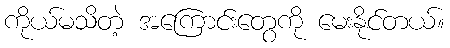
ကိုယ်မသိတဲ့ အကြောင်းတွေကို မေးနိုင်တယ်။